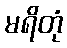
မရိတုံ